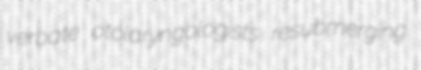
verbate otolaryngologists resubmerging